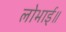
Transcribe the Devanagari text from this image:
लोभाई॥